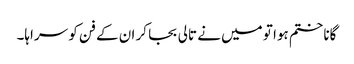
گانا ختم ہوا تو میں نے تالی بجا کر ان کے فن کو سراہا۔